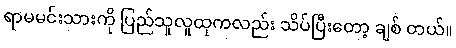
ရာမမင်းသားကို ပြည်သူလူထုကလည်း သိပ်ပြီးတော့ ချစ် တယ်။